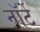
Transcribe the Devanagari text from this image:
नॉर्टे